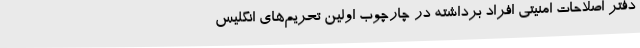
دفتر اصلاحات امنیتی افراد برداشته در چارچوب اولین تحریم‌های انگلیس